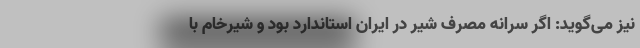
نیز می‌گوید: اگر سرانه مصرف شیر در ایران استاندارد بود و شیرخام با